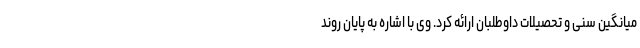
میانگین سنی و تحصیلات داوطلبان ارائه کرد. وی با اشاره به پایان روند